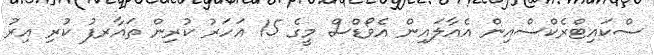
ސްކައިޓްރެކްސްއިން އެއާލައިން އެވޯޑްސް މީގެ 15 އަހަރު ކުރިން ތައާރފު ކުރި އިރު